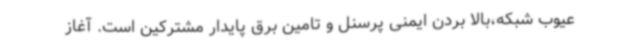
عیوب شبکه،بالا بردن ایمنی پرسنل و تامین برق پایدار مشترکین است. آغاز